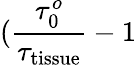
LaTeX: (\frac{\tau_{0}^{o}}{\tau_{\mathrm{tissue}}}-1